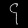
Digit: ၄